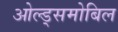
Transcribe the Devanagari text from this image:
ओल्ड्समोबिल